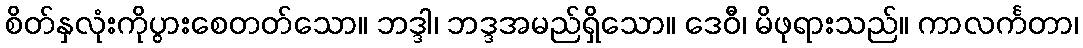
စိတ်နှလုံးကိုပွားစေတတ်သော။ ဘဒ္ဒါ၊ ဘဒ္ဒအမည်ရှိသော။ ဒေဝီ၊ မိဖုရားသည်။ ကာလင်္ကတာ၊